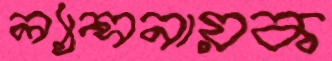
ল্যান্সনায়ক